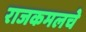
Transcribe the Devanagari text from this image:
राजकमलचे